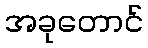
အခုတောင်